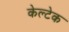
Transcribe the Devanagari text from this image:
केल्टेक